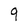
Character: 9